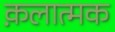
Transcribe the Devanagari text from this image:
क़लात्मक